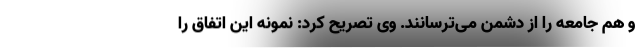
و هم جامعه را از دشمن می‌ترسانند. وی تصریح کرد: نمونه این اتفاق را